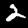
Digit: 2